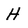
Character: H